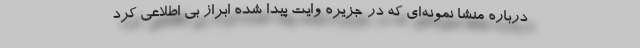
درباره منشا نمونه‌ای که در جزیره وایت پیدا شده ابراز بی اطلاعی کرد